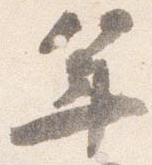
年